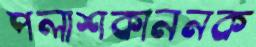
পলাশকাননক